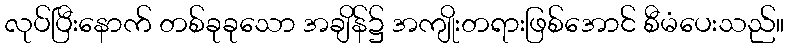
လုပ်ပြီးနောက် တစ်ခုခုသော အချိန်၌ အကျိုးတရားဖြစ်အောင် စီမံပေးသည်။